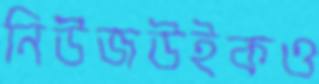
নিউজউইকও